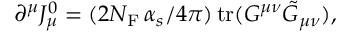
\partial ^ { \mu } J _ { \mu } ^ { 0 } = ( 2 N _ { \mathrm { F } } \, { \alpha _ { s } / 4 \pi } ) \, \mathrm { t r } ( G ^ { \mu \nu } \tilde { G } _ { \mu \nu } ) ,